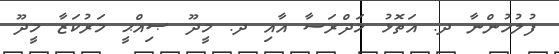
ފުލުހުންނާ ދ. އަތޮޅު މަދްރަސާ އާއި ދ. މީދޫ ޞިއްޙީ މަރުކަޒާ މީދޫ